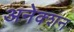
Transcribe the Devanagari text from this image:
अनेक्शन